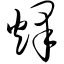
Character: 烽